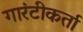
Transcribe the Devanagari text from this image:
गारंटीकर्ता